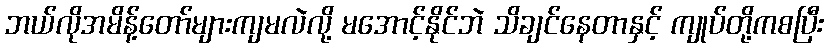
ဘယ်လိုအမိန့်တော်များကျမလဲလို့ မအောင့်နိုင်ဘဲ သိချင်နေတာနှင့် ကျုပ်တို့ကစပြီး